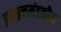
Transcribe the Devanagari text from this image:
प्रधानमंडळीस